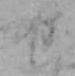
せ